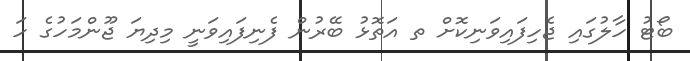
ބޯޓު ހާލުގައި ޖެހިފައިވަނިކޮށް ތ އަތޮޅު ބޭރުން ފެނިފައިވަނީ މިދިޔަ ޖޫންމަހުގެ ހަ